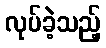
လုပ်ခဲ့သည့်